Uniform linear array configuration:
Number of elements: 64
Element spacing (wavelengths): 0.5
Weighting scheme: binomial
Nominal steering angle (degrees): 60
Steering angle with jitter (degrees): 58.697
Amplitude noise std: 0.05
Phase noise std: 0.05

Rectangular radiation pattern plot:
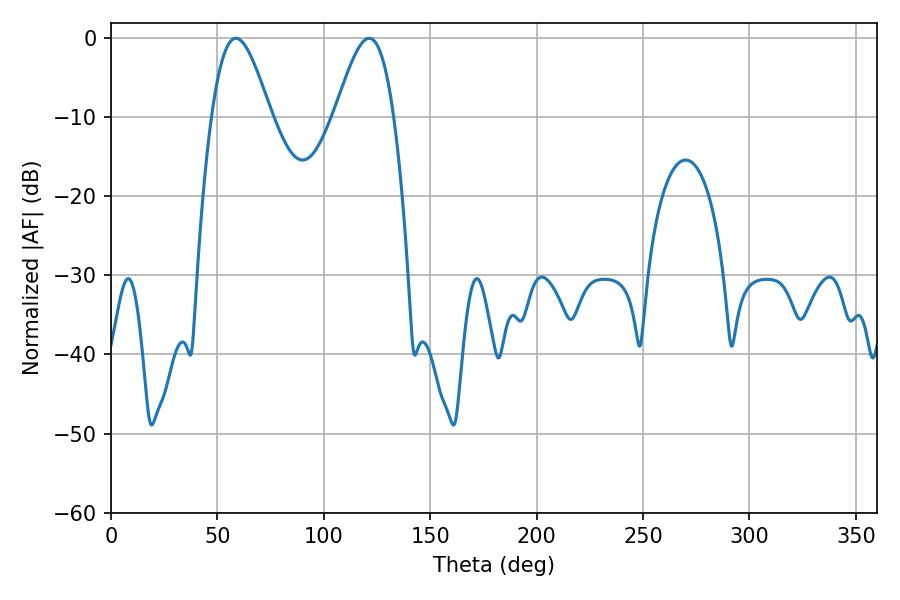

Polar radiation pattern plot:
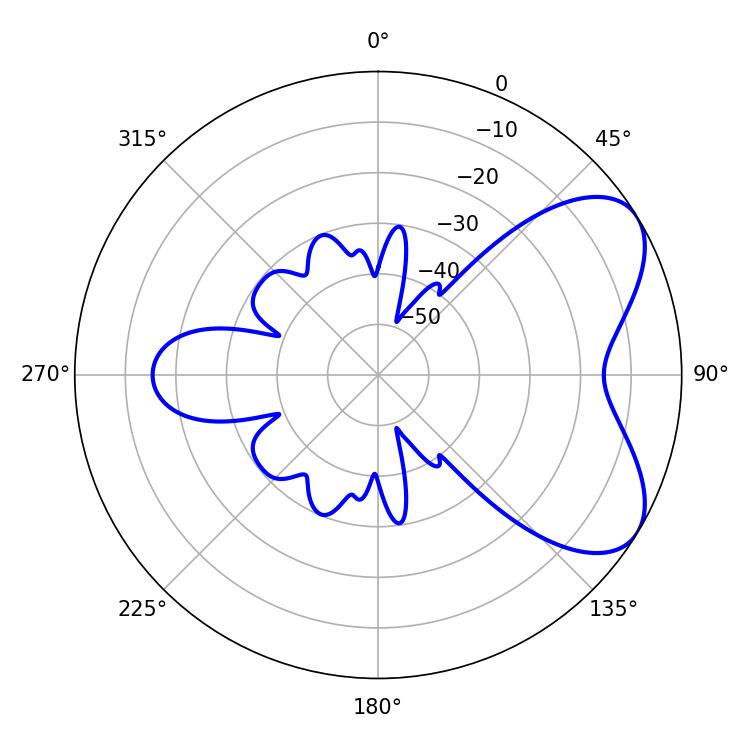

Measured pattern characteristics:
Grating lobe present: FALSE
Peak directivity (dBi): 6.072
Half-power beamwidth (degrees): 14.76
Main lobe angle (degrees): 58.68